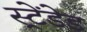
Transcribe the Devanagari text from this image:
स्ट्रेंडेड